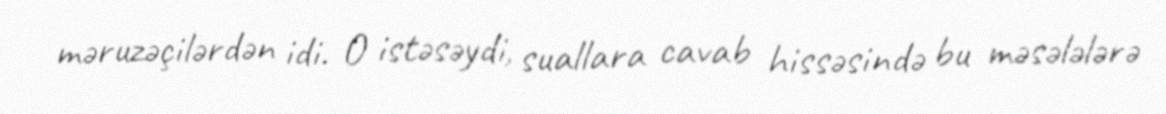
məruzəçilərdən idi. O istəsəydi, suallara cavab hissəsində bu məsələlərə